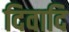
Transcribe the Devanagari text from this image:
दिवादि